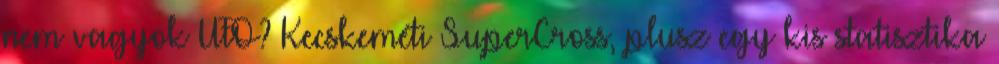
nem vagyok UFO? Kecskeméti SuperCross, plusz egy kis statisztika